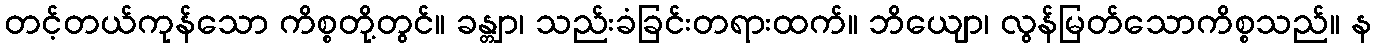
တင့်တယ်ကုန်သော ကိစ္စတို့တွင်။ ခန္တျာ၊ သည်းခံခြင်းတရားထက်။ ဘိယျော၊ လွန်မြတ်သောကိစ္စသည်။ န